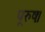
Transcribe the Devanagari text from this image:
पूरुषः।